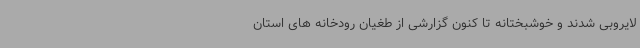
لایروبی شدند و خوشبختانه تا کنون گزارشی از طغیان رودخانه های استان